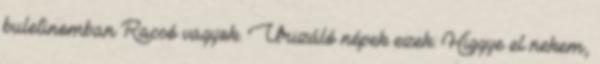
buletinomban Racsó vagyok. Urizáló népek ezek. Higgye el nekem,